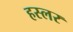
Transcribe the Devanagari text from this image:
हस्‍लर